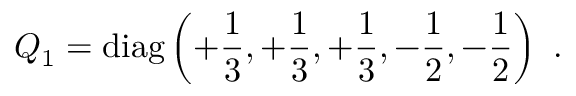
Q _ { 1 } = \mathrm { d i a g } \left( + { \frac { 1 } { 3 } } , + { \frac { 1 } { 3 } } , + { \frac { 1 } { 3 } } , - { \frac { 1 } { 2 } } , - { \frac { 1 } { 2 } } \right) \ .